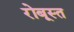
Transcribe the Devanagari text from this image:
रोबूस्त